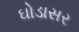
ઘોડાસર